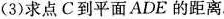
(3)求点C到平面ADE的距离.